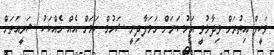
ވަކީލް އިތުރަށް ވިދާޅުވީ އަހުސަނަށް ހަމަލާދިނީ ޝަހުމް ކަމަށް އެއް ހެއްކަކު ޝަރީއަތަށް